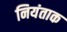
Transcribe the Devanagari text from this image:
नियंताक